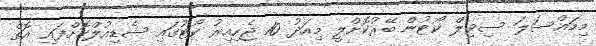
މިމައްސަލަ ސިވިލް ކޯޓުން ބޭރުކޮށްލީ މިއަދު 10 ޖެހިއިރު ކޯޓުގައި ޝެޑިއުލްކޮށްފައި އޮތް